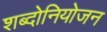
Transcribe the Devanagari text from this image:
शब्दोनियोजन